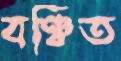
বঞ্চিত